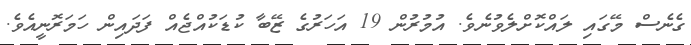
ގެނެސް މޭގައި ލައްކޮށްލެވުނެވެ. އުމުރުން 19 އަހަރުގެ ޒޭބާ ކުޑަކުއްޖެއް ފަދައިން ހަމަރޮނީއެވެ.